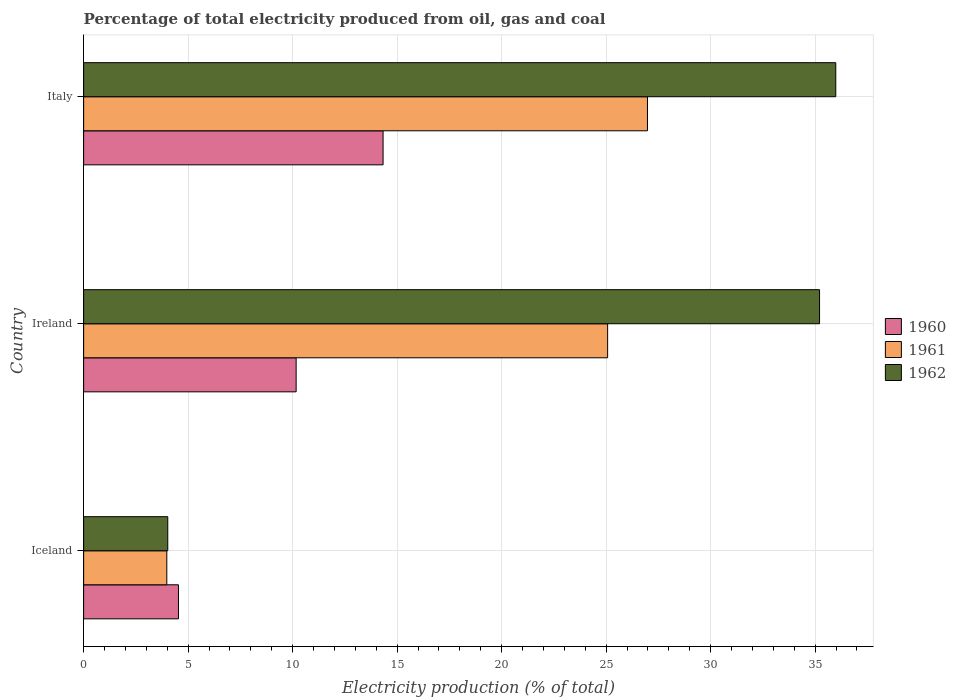
| Country | 1960 | 1961 | 1962 |
 | --- | --- | --- | --- |
 | Iceland | 4.54 | 3.98 | 4.03 |
 | Ireland | 10.2 | 25.1 | 35.2 |
 | Italy | 14.3 | 27 | 36 |